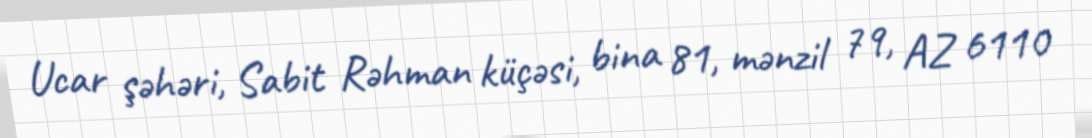
Ucar şəhəri, Sabit Rəhman küçəsi, bina 81, mənzil 79, AZ 6110